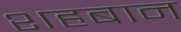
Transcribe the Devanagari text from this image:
शहबान